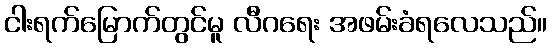
ငါးရက်မြောက်တွင်မူ လီဂရေး အဖမ်းခံရလေသည်။